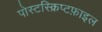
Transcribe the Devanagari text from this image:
पोस्टस्क्रिप्टफ़ाइल